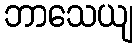
ဘာသေယျ